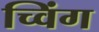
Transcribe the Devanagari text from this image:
च्विंग